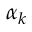
\alpha _ { k }